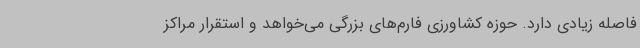
فاصله زیادی دارد. حوزه کشاورزی فارم‌های بزرگی می‌خواهد و استقرار مراکز